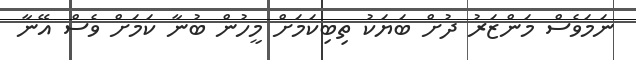
ނަމަވެސް މަންޒަރު ދުށް ބަޔަކު ތިބިކަމަށް މީހުން ބުނާ ކަމަށް ވެސް އޭނާ